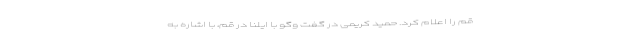
قم را اعلام کرد. حمید کریمی در گفت وگو با ایلنا در قم، با اشاره به